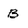
Character: B